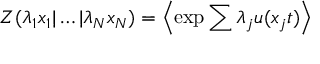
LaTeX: Z ( \lambda _ { 1 } x _ { 1 } | \ldots | \lambda _ { N } x _ { N } ) = \left\langle \exp { \sum { \lambda _ { j } u ( x _ { j } t ) } } \right\rangle